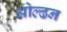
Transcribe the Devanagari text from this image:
ओल्ढन